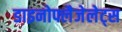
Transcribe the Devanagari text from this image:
डाइनोफ्लैजेलेट्स